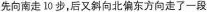
先向南走10步，后又斜向北偏东方向走了一段